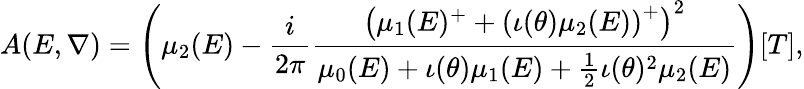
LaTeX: A(E,\nabla)=\left(\mu_{2}(E)-\frac{i}{2\pi}\frac{\left(\mu_{1}(E)^{+}+\left(\iota(\theta)\mu_{2}(E)\right)^{+}\right)^{2}}{\mu_{0}(E)+\iota(\theta)\mu_{1}(E)+\frac{1}{2}\iota(\theta)^{2}\mu_{2}(E)}\right)[T],